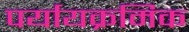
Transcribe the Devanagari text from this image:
पर्यायक्रमिक